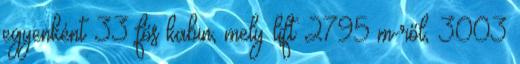
egyenként 33 fős kabin, mely lift 2795 m-ről, 3003